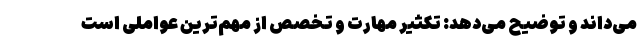
می‌داند و توضیح می‌دهد: تکثیر مهارت و تخصص از مهم‌ترین عواملی است